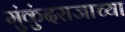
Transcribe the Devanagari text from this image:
मुंकुंदराजाच्या